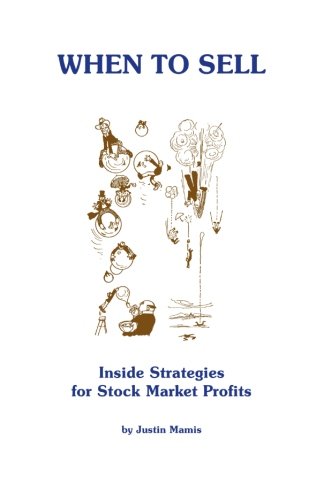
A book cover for When to Sell: Inside Strategies for Stock-Market Profits (Fraser Publishing Library); Justin Mamis; Business & Money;